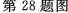
第28题图